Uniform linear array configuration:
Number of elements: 24
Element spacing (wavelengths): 0.25
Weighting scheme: hamming
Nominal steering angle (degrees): -15
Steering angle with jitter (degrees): -13.962
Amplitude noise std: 0.05
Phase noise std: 0.05

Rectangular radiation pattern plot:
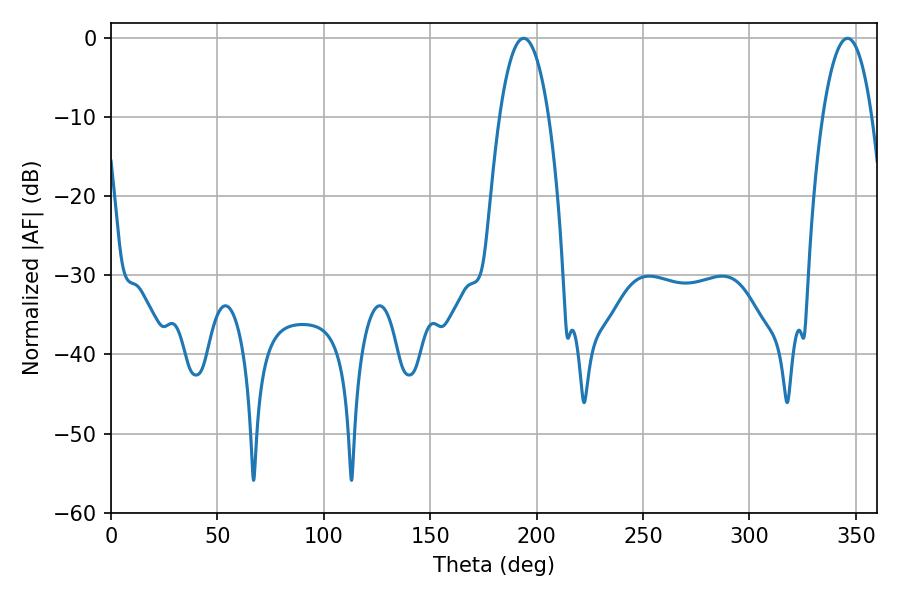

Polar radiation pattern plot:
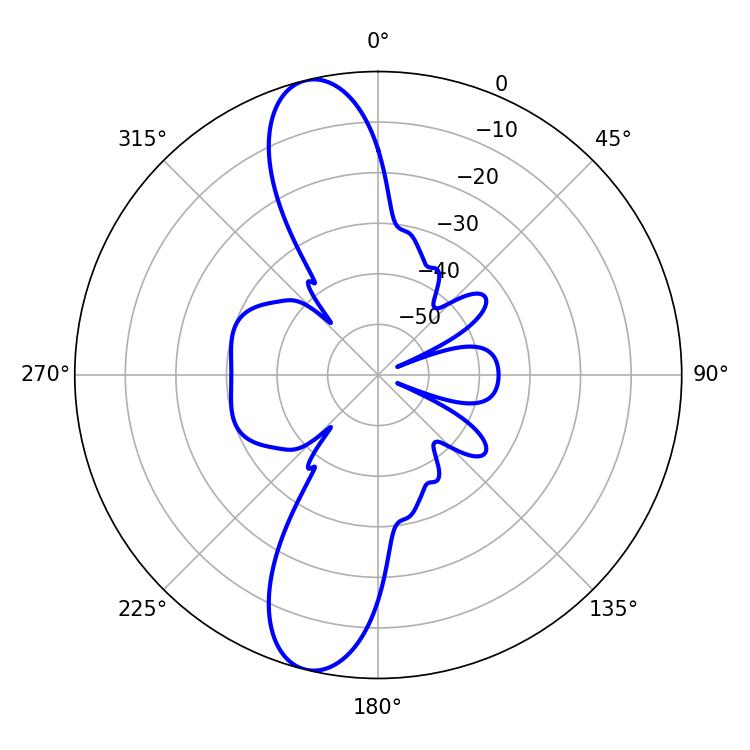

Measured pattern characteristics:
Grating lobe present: FALSE
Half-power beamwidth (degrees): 12.78
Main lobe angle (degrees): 193.86